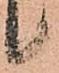
候